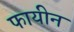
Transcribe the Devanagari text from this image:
फायीन